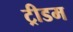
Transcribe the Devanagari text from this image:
ट्रीडम